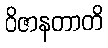
ဝိဇာနတာတိ